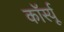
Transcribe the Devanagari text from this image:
कॉर्स्यू